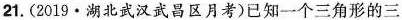
21. (2019 · 湖北武汉武昌区月考)已知一个三角形的三